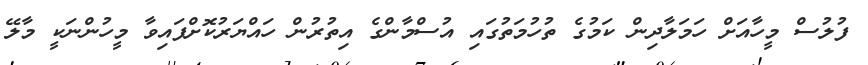
ފުލުސް މީހާއަށް ހަމަލާދިން ކަމުގެ ތުހުމަތުގައި އުސްމާންގެ އިތުރުން ހައްޔަރުކޮށްފައިވާ މީހުންނަކީ މާލޭ